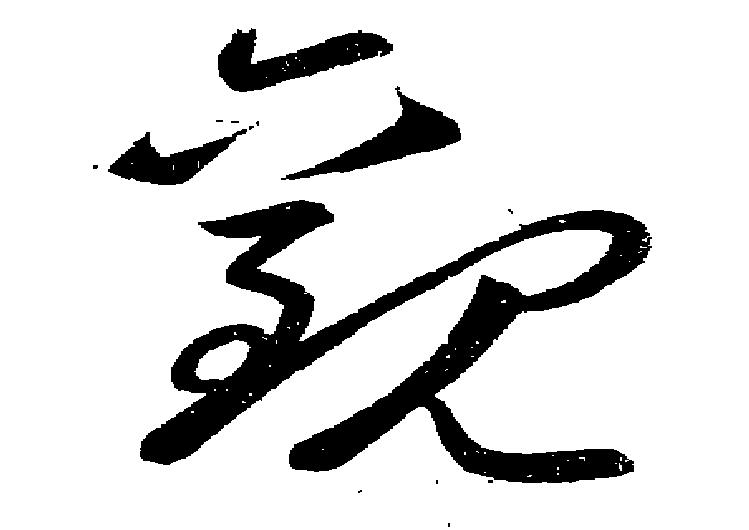
観